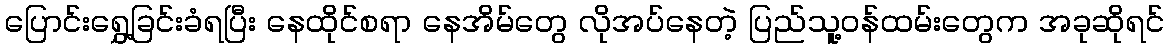
ပြောင်းရွှေ့ခြင်းခံရပြီး နေထိုင်စရာ နေအိမ်တွေ လိုအပ်နေတဲ့ ပြည်သူ့ဝန်ထမ်းတွေက အခုဆိုရင်